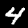
Label: 4